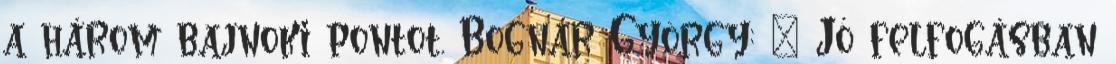
a három bajnoki pontot. Bognár György: – Jó felfogásban